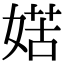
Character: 𡞯